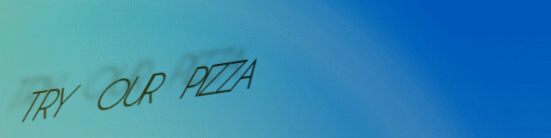
TRY OUR PIZZA